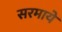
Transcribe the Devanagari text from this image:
सरमाये